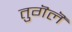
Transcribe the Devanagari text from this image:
तुगॆलॆ